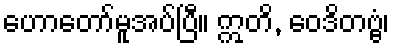
ဟောတော်မူအပ်ပြီ။ ဣတိ, ဝေဒိတဗ္ဗံ၊